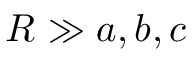
R \gg a , b , c